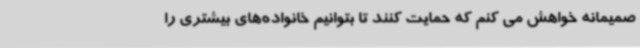
صمیمانه خواهش می کنم که حمایت کنند تا بتوانیم خانواده‌های بیشتری را